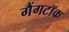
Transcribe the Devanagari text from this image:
गैंगटॉक